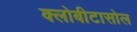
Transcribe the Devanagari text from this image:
क्लोबीटासोल